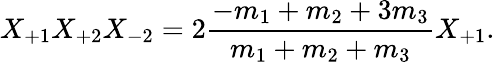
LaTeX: X_{+1}X_{+2}X_{-2}=2\frac{-m_{1}+m_{2}+3m_{3}}{m_{1}+m_{2}+m_{3}}X_{+1}.